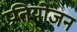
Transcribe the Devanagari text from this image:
प्रतियोजन